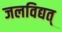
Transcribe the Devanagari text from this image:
जलविद्यत्